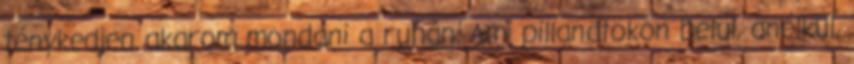
ténykedjen akarom mondani a ruhán. Ami pillanatokon belül, anélkül,